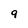
Character: 9